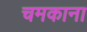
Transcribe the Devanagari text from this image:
चमकाना